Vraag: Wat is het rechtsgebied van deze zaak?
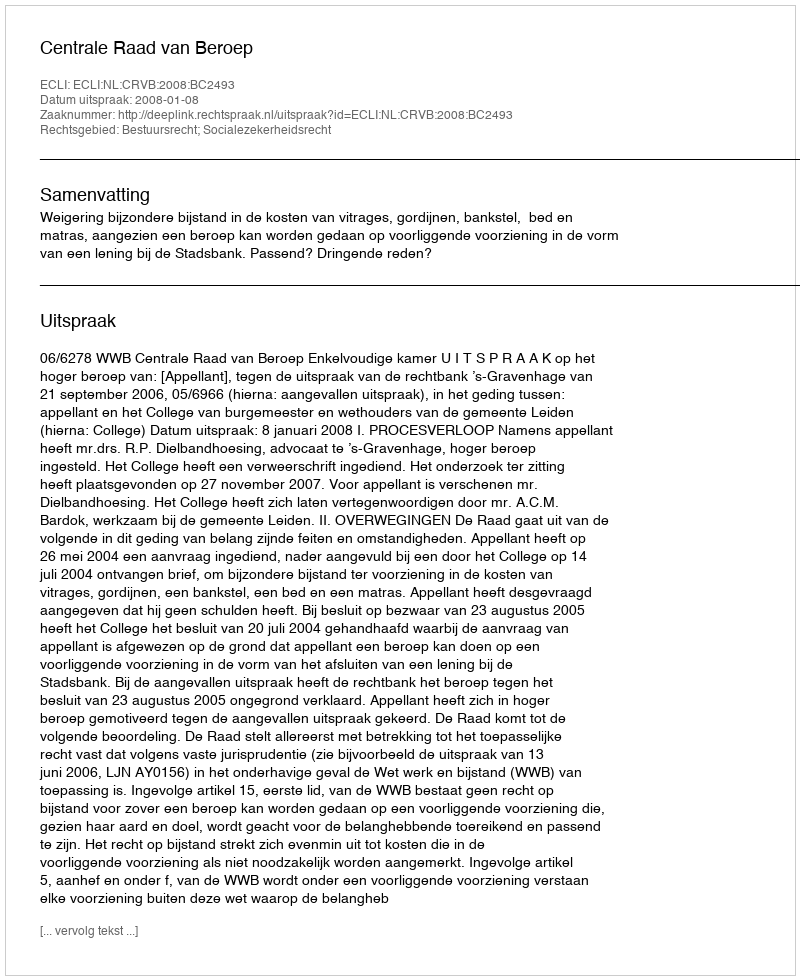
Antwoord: Bestuursrecht; Socialezekerheidsrecht